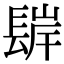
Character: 𨲊